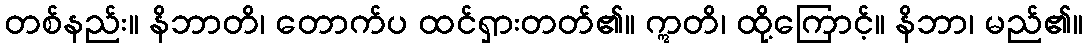
တစ်နည်း။ နိဘာတိ၊ တောက်ပ ထင်ရှားတတ်၏။ ဣတိ၊ ထို့ကြောင့်။ နိဘာ၊ မည်၏။